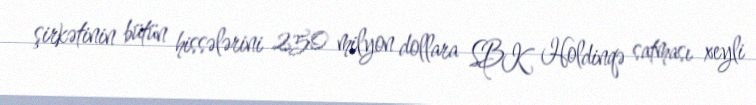
şirkətinin bütün hissələrini 250 milyon dollara SBK Holdinqə satması xeyli